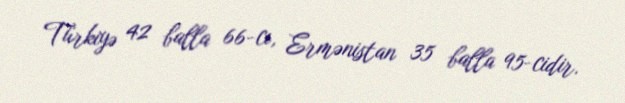
Türkiyə 42 balla 66-cı, Ermənistan 35 balla 95-cidir.